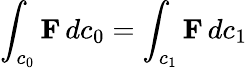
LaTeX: \int_{c_{0}}\mathbf{F}\, dc_{0}=\int_{c_{1}}\mathbf{F}\, dc_{1}